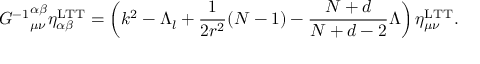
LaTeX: { { \cal G } ^ { - 1 } } _ { \mu \nu } ^ { \alpha \beta } \eta _ { \alpha \beta } ^ { \mathrm { L T T } } = \left( k ^ { 2 } - \Lambda _ { l } + \frac { 1 } { 2 r ^ { 2 } } ( N - 1 ) - \frac { N + d } { N + d - 2 } \Lambda \right) \eta _ { \mu \nu } ^ { \mathrm { L T T } } .